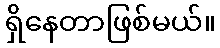
ရှိနေတာဖြစ်မယ်။